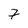
Character: 7